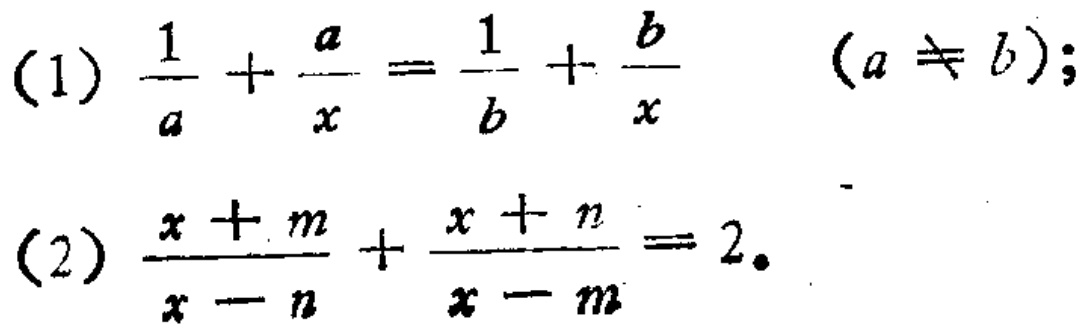
(1) \(\frac{1}{a}+\frac{a}{x}=\frac{1}{b}+\frac{b}{x}\) \((a\neq b)\);
(2) \(\frac{x + m}{x - n}+\frac{x + n}{x - m}=2\)